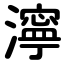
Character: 濘